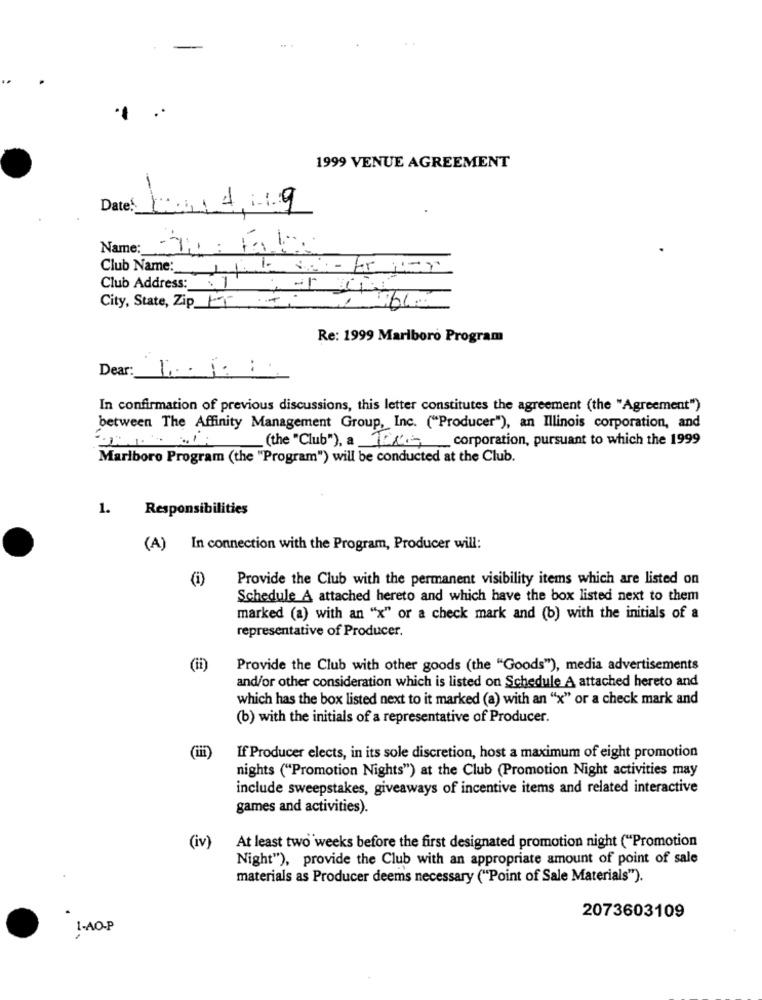
..
1999 VENUE AGREEMENT
Date!
Name:
Club Name:
Club Address :_
City, State, Zip FT Ti
Re: 1999 Marlboro Program
Dear: [ ...::
In confirmation of previous discussions, this letter constitutes the agreement (the "Agreement")
between The Affinity Management Group, Inc. ("Producer"), an Illinois corporation, and
(the "Club"), a TEN- corporation, pursuant to which the 1999
Marlboro Program (the "Program") will be conducted at the Club.
1.
Responsibilities
(A) In connection with the Program, Producer will:
(i)
Provide the Club with the permanent visibility items which are listed on
Schedule A attached hereto and which have the box listed next to them
marked (a) with an "x" or a check mark and (b) with the initials of a
representative of Producer.
Provide the Club with other goods (the "Goods"), media advertisements
and/or other consideration which is listed on Schedule A attached hereto and
which has the box listed next to it marked (a) with an "x" or a check mark and
(b) with the initials of a representative of Producer.
If Producer elects, in its sole discretion, host a maximum of eight promotion
nights ("Promotion Nights") at the Club (Promotion Night activities may
include sweepstakes, giveaways of incentive items and related interactive
games and activities).
(iv)
At least two weeks before the first designated promotion night ("Promotion
Night"), provide the Club with an appropriate amount of point of sale
materials as Producer deems necessary ("Point of Sale Materials").
2073603109
1-AO-P